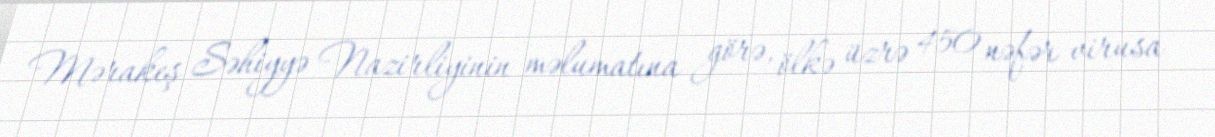
Mərakeş Səhiyyə Nazirliyinin məlumatına görə, ölkə üzrə 450 nəfər virusa